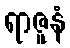
ရာဇူနံ